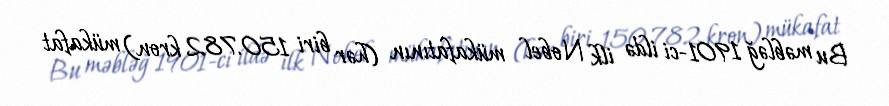
Bu məbləğ 1901-ci ildə ilk Nobel mükafatının (hər biri 150.782 kron) mükafat